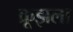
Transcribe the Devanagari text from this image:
क्रूझला